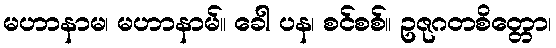
မဟာနာမ၊ မဟာနာမ်။ ခေါ ပန၊ စင်စစ်။ ဥဇုဂတစိတ္တော၊